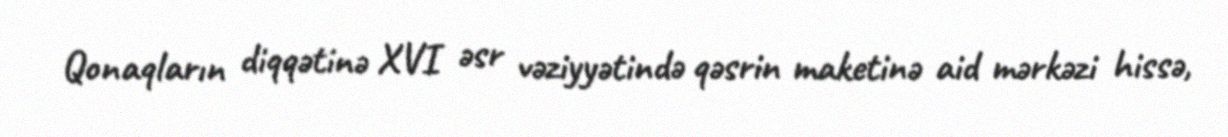
Qonaqların diqqətinə XVI əsr vəziyyətində qəsrin maketinə aid mərkəzi hissə,